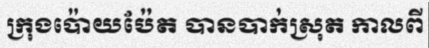
ក្រុងប៉ោយប៉ែត បានបាក់ស្រុត កាលពី